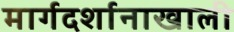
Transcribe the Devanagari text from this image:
मार्गदर्शानाखाली